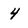
Character: 4